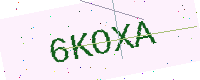
Text: 6KOXA